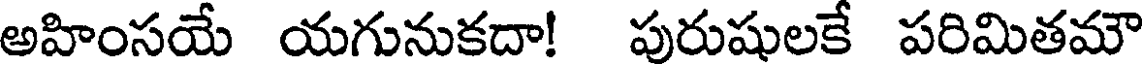
అహింసయే యగునుకదా! పురుషులకే పరిమితమౌ